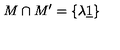
M \cap M ^ { \prime } = \left\{ \lambda \underline { { 1 } } \right\}